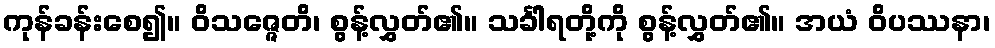
ကုန်ခန်းစေ၍။ ဝိသဇ္ဇေတိ၊ စွန့်လွှတ်၏။ သင်္ခါရတို့ကို စွန့်လွှတ်၏။ အယံ ဝိပဿနာ၊